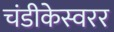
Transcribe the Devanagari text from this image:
चंडीकेस्वरर